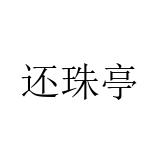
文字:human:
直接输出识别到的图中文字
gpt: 还珠亭